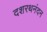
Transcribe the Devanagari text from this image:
दशरथनंदन